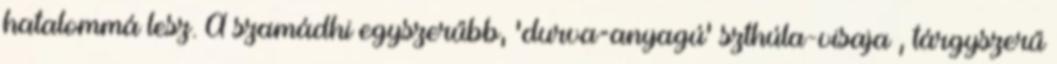
hatalommá lesz. A szamádhi egyszerűbb, 'durva=anyagú' szthúla-visaja , tárgyszerű